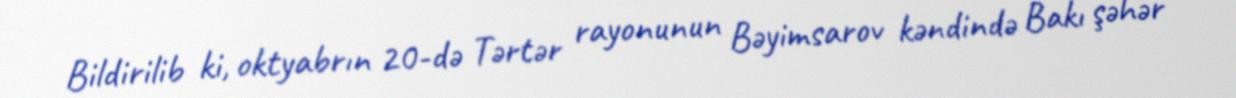
Bildirilib ki, oktyabrın 20-də Tərtər rayonunun Bəyimsarov kəndində Bakı şəhər